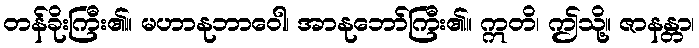
တန်ခိုးကြီး၏။ မဟာနုဘာဝေါ၊ အာနုဘော်ကြီး၏။ ဣတိ၊ ဤသို့။ ဇာနန္တာ၊